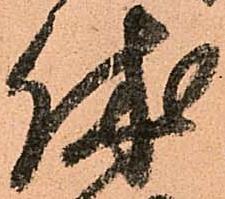
休